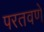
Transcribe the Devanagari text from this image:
परतवणे